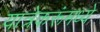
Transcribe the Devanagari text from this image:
यात्रेकरूंमध्ये